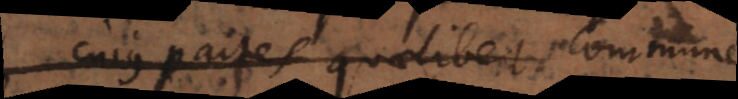
cujus partes quaelibet commune